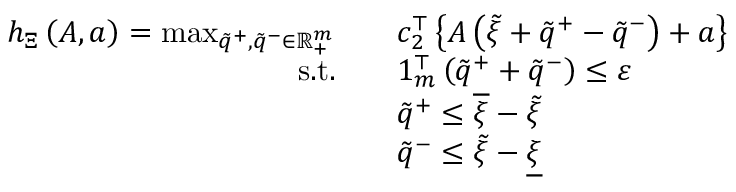
\begin{array} { r l } { h _ { \Xi } \left( A , a \right) = \operatorname* { m a x } _ { \tilde { q } ^ { + } , \tilde { q } ^ { - } \in { \mathbb R } _ { + } ^ { m } } \quad } & { c _ { 2 } ^ { \top } \left\{ A \left( \tilde { \xi } + \tilde { q } ^ { + } - \tilde { q } ^ { - } \right) + a \right\} } \\ { \mathrm { s . t . } \quad } & { 1 _ { m } ^ { \top } \left( \tilde { q } ^ { + } + \tilde { q } ^ { - } \right) \leq \varepsilon } \\ & { \tilde { q } ^ { + } \leq \overline { { \xi } } - \tilde { \xi } } \\ & { \tilde { q } ^ { - } \leq \tilde { \xi } - \underline { { \xi } } } \end{array}